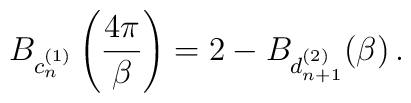
B_{c_{n}^{(1)}}\left(\frac{4\pi}{\beta}\right)=2-B_{d_{n+1}^{(2)}}(\beta)\,.